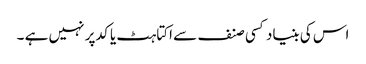
اس کی بنیاد کسی صنف سے اکتاہٹ یا کد پر نہیں ہے ۔